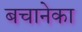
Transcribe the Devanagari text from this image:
बचानेका